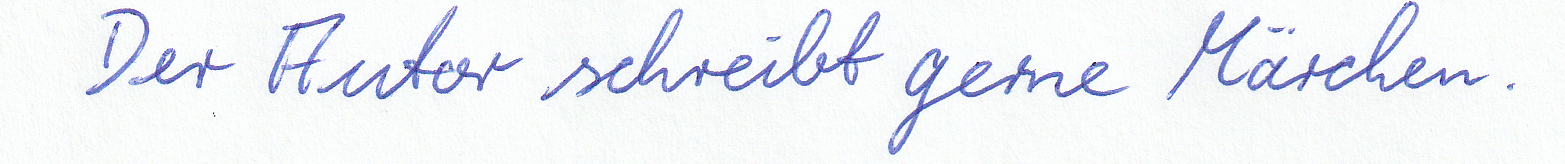
Der Autor schreibt gerne Märchen.